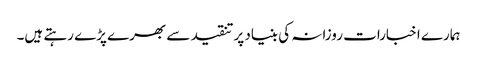
ہمارے اخبارات روزانہ کی بنیاد پرتنقید سے بھرے پڑے رہتے ہیں۔